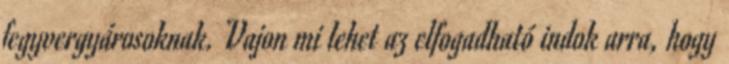
fegyvergyárosoknak. Vajon mi lehet az elfogadható indok arra, hogy